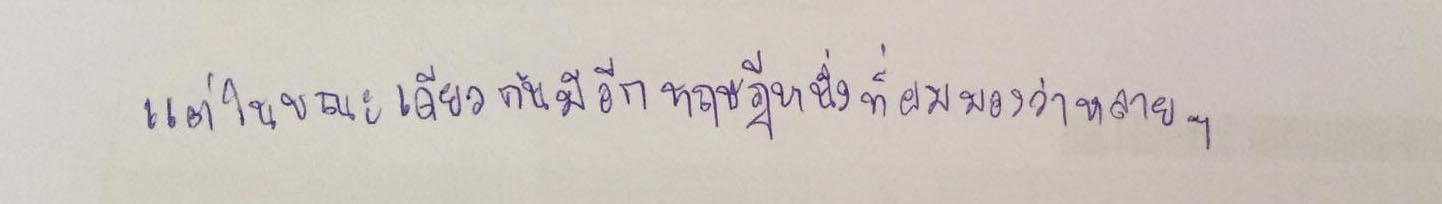
แต่ในขณะเดียวกันมีอีกทฤษฎีหนึ่งที่ผมมองว่าหลายๆ